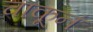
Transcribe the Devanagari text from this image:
चाकूनं